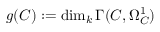
g ( C ) : = \dim _ { k } \Gamma ( C , \Omega _ { C } ^ { 1 } )